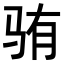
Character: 𬳼